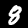
Digit: 8